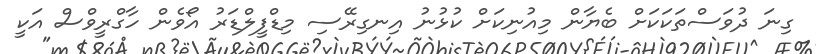
ގިނަ ދުވަސްތަކަކަށް ބެޔާން މިއުނިކަށް ކުޅުނު އިނގިރޭސި މިޑްފީލްޑަރު އޯވެން ހާގްރީވްސް އަކީ